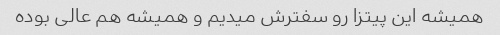
همیشه این پیتزا رو سفترش میدیم و همیشه هم عالی بوده